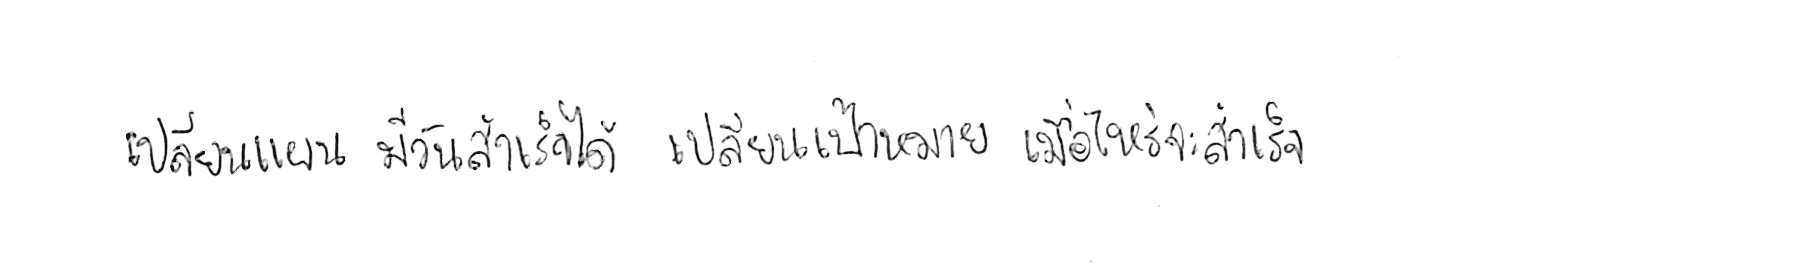
เปลี่ยนแผน มีวันสำเร็จได้ เปลี่ยนเป้าหมาย เมื่อไหร่จะสำเร็จ